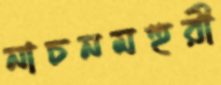
নাচনমহুরী